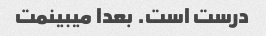
درست است. بعدا میبینمت